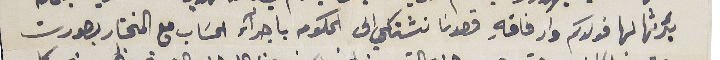
بئرثها لها فولدكم وارفاقهِ قصدنا نشتكي الى الحكومة باجرآء الحسَاب مع المختار بصورت